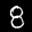
Digit: 8